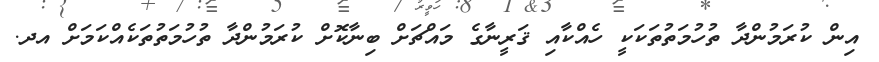
އިން ކުރަމުންދާ ތުހުމަތުތަކަކީ ހެއްކާއި ޤަރީނާގެ މައްޗަށް ބިނާކޮށް ކުރަމުންދާ ތުހުމަތުތަކެއްކަމަށް އދ.